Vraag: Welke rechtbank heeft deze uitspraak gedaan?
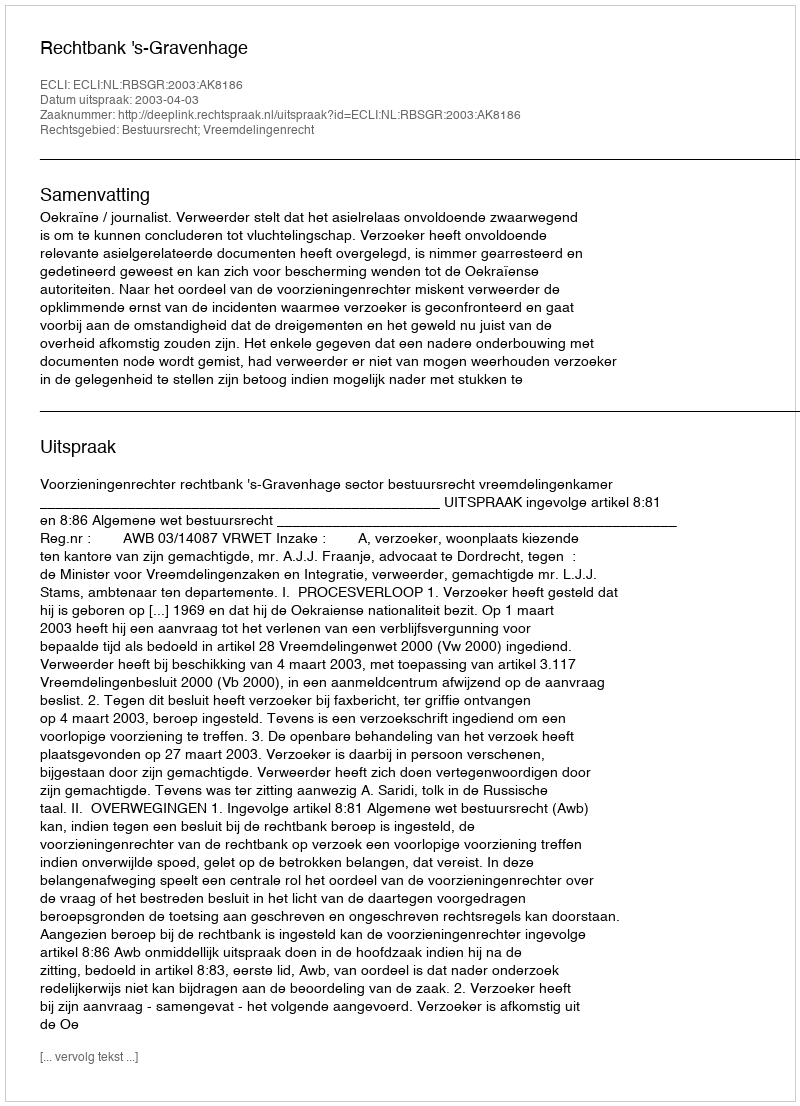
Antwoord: Rechtbank 's-Gravenhage